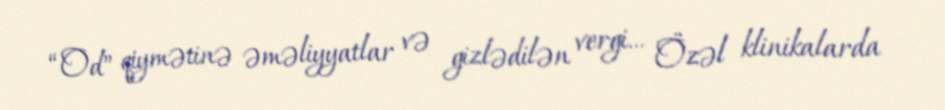
“Od” qiymətinə əməliyyatlar və gizlədilən vergi... Özəl klinikalarda